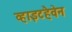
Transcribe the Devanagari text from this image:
व्हाइटहैवेन